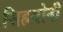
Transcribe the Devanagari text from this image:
सिहमोनी